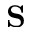
\mathbf { S }